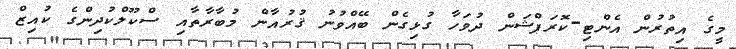
މީގެ އިތުރުން އެންޓި-ކޮރަޕްޝަން ދުވަހާ ގުޅިގެން ބޭއްވުނު ޤުރުއާން މުބާރާތާއި ސްކޫލްކުދިންގެ ކުއިޒް